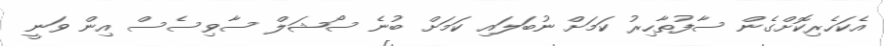
އެކަހެރިކޮށްގެން ސާފުތާހިރު ކަމަށް ނުބަލައި ކަމަށް ބުނެ ސޯޝަލް ސާވިސެސް އިން ވަނީ